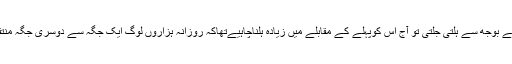
اگرانسانوں کے بوجھ سے ہلتی جلتی تو آج اس کوپہلے کے مقابلے میں زیادہ ہلناچاہیےتھاکہ روزانہ ہزاروں لوگ ایک جگہ سے دوسری جگہ منتقل ہوتے ہیں۔